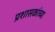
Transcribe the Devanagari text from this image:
प्रशासकांच्या